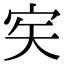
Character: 𡧦